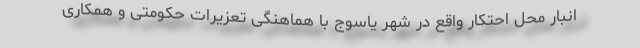
انبار محل احتکار واقع در شهر یاسوج با هماهنگی تعزیرات حکومتی و همکاری